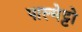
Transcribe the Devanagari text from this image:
पाल्मेट्टो